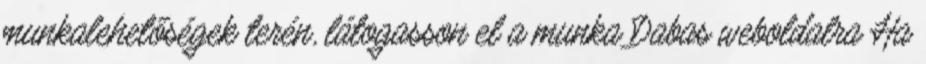
munkalehetőségek terén, látogasson el a munka Dabas weboldalra Ha